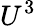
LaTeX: U^{3}